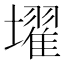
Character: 𡒔